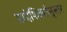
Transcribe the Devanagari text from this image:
प्रादेशिकतेनुसार